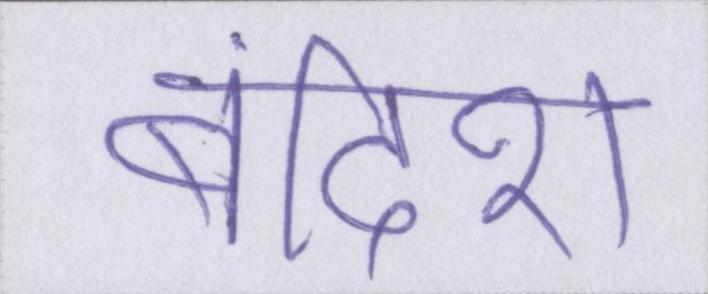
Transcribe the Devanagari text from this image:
बंदिश